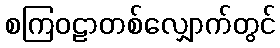
စကြဝဠာတစ်လျှောက်တွင်